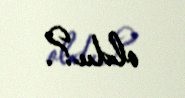
oldu?.